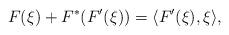
LaTeX: \begin{align*}F(\xi) + F^*(F'(\xi)) = \langle F'(\xi), \xi \rangle,\end{align*}